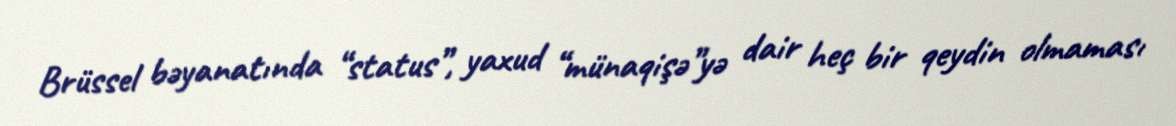
Brüssel bəyanatında “status”, yaxud “münaqişə”yə dair heç bir qeydin olmaması